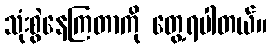
သုံးစွဲနေကြတာကို တွေ့ရပါတယ်။